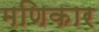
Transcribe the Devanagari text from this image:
मणिकार